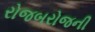
રોજબરોજની